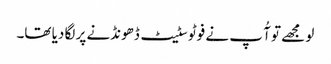
لو مجھے تو آُ پ نے فوٹو سٹیٹ ڈھونڈنے پر لگا دیا تھا۔